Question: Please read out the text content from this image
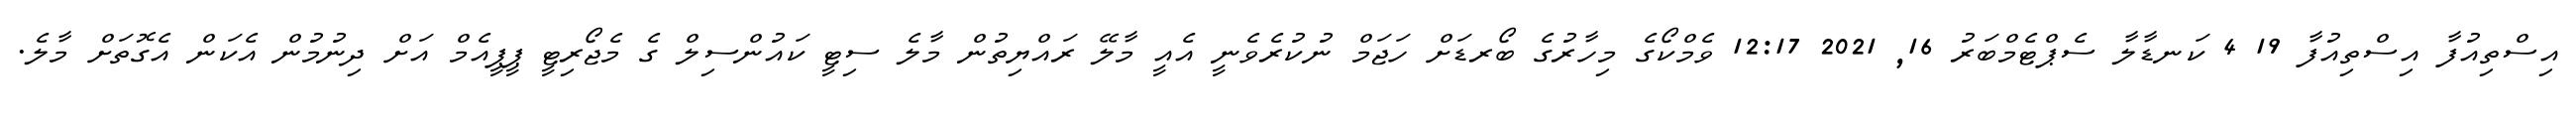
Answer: އިސްތިއުފާ އިސްތިއުފާ 19 4 ކަނޑާލާ ސެޕްޓެމްބަރު 16, 2021 12:17 ވެމްކޯގެ މިހާރުގެ ބޯރޑަށް ހަޖަމް ނުކުރެވެނީ އެއީ މާލޭ ރައްޔިތުން މާލެ ސިޓީ ކައުންސިލް ގެ މެޖޯރިޓީ ޕީޕީއެމް އަށް ދިނުމުން އެކަން އެގޮތަށް މާލެ.